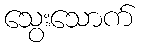
သွေးသောက်